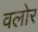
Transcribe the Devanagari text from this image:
वलोर